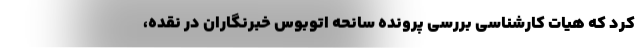
کرد که هیات کارشناسی بررسی پرونده سانحه اتوبوس خبرنگاران در نقده،